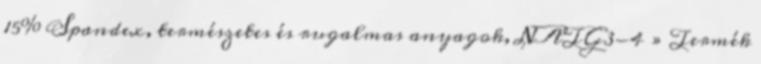
15% Spandex, természetes és rugalmas anyagok, NATG3-4 » Termék